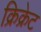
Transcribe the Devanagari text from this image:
क्रिक्रेट